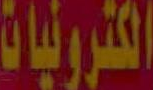
الكترونيات